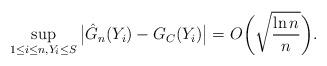
LaTeX: \begin{align*} \sup_{1\leq i\leq n, Y_i\leq S}\big|\hat{G}_n(Y_i)-G_C(Y_i)\big|=O\biggl(\sqrt {\frac{\ln n}{n}} \biggr).\end{align*}